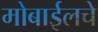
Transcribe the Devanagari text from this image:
मोबाईलचे